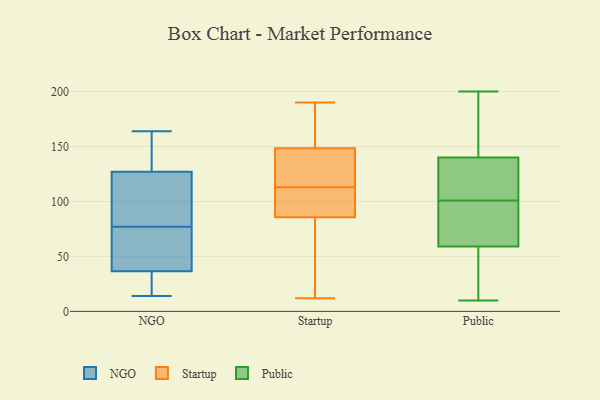
{"axis": {"x": "Latency (ms)", "y": "Value"}, "legend": ["NGO", "Public", "Startup"], "data": [{"x": "", "y": 41, "type": "NGO"}, {"x": "", "y": 100, "type": "NGO"}, {"x": "", "y": 35, "type": "NGO"}, {"x": "", "y": 77, "type": "NGO"}, {"x": "", "y": 140, "type": "NGO"}, {"x": "", "y": 136, "type": "NGO"}, {"x": "", "y": 14, "type": "NGO"}, {"x": "", "y": 66, "type": "NGO"}, {"x": "", "y": 164, "type": "NGO"}, {"x": "", "y": 26, "type": "NGO"}, {"x": "", "y": 100, "type": "NGO"}, {"x": "", "y": 20, "type": "Startup"}, {"x": "", "y": 104, "type": "Startup"}, {"x": "", "y": 152, "type": "Startup"}, {"x": "", "y": 113, "type": "Startup"}, {"x": "", "y": 138, "type": "Startup"}, {"x": "", "y": 167, "type": "Startup"}, {"x": "", "y": 83, "type": "Startup"}, {"x": "", "y": 94, "type": "Startup"}, {"x": "", "y": 12, "type": "Startup"}, {"x": "", "y": 190, "type": "Startup"}, {"x": "", "y": 115, "type": "Startup"}, {"x": "", "y": 200, "type": "Public"}, {"x": "", "y": 140, "type": "Public"}, {"x": "", "y": 73, "type": "Public"}, {"x": "", "y": 115, "type": "Public"}, {"x": "", "y": 142, "type": "Public"}, {"x": "", "y": 128, "type": "Public"}, {"x": "", "y": 10, "type": "Public"}, {"x": "", "y": 72, "type": "Public"}, {"x": "", "y": 105, "type": "Public"}, {"x": "", "y": 59, "type": "Public"}, {"x": "", "y": 97, "type": "Public"}, {"x": "", "y": 199, "type": "Public"}, {"x": "", "y": 91, "type": "Public"}, {"x": "", "y": 24, "type": "Public"}, {"x": "", "y": 32, "type": "Public"}, {"x": "", "y": 138, "type": "Public"}, {"x": "", "y": 50, "type": "Public"}, {"x": "", "y": 185, "type": "Public"}]}